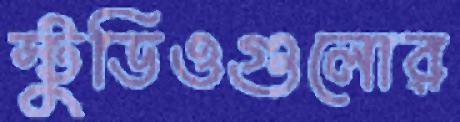
স্টুডিওগুলোর